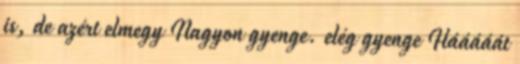
is, de azért elmegy Nagyon gyenge. elég gyenge Hááááát